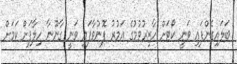
ބަލައިގެންފައި ވަނީ ކޯޓަށް ހާޒިރުވުމުގެ އަމުރު ފޮނުވާފައި ވަނީ ގާނޫނާ ހިލާފަށް ކަމަށް